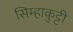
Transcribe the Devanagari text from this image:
सिम्हाकुट्टी